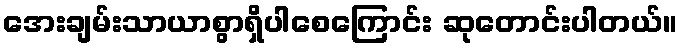
အေးချမ်းသာယာစွာရှိပါစေကြောင်း ဆုတောင်းပါတယ်။